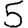
Digit: 5